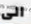
الى